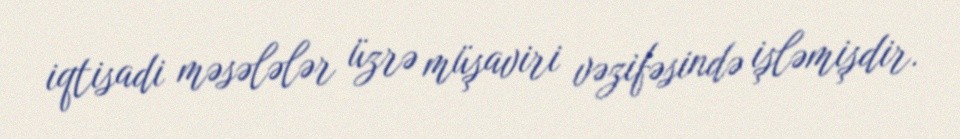
iqtisadi məsələlər üzrə müşaviri vəzifəsində işləmişdir.